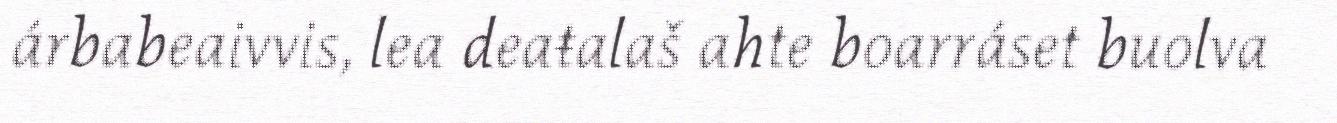
árbabeaivvis, lea deaŧalaš ahte boarráset buolva